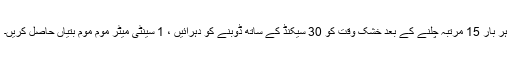
ہر بار 15 مرتبہ چلنے کے بعد خشک وقت کو 30 سیکنڈ کے ساتھ ڈوبنے کو دہرائیں ، 1 سینٹی میٹر موم موم بتیاں حاصل کریں۔